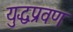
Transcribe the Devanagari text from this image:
युद्धप्रवण